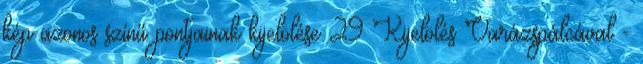
kép azonos színű pontjainak kijelölése 29 Kijelölés Varázspálcával -